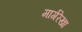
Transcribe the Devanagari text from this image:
मार्गरेखा